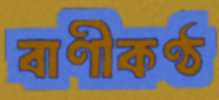
বাণীকণ্ঠ